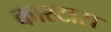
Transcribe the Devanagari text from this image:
कास्टास